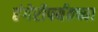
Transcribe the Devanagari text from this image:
हंगेरीपर्यंतच्या